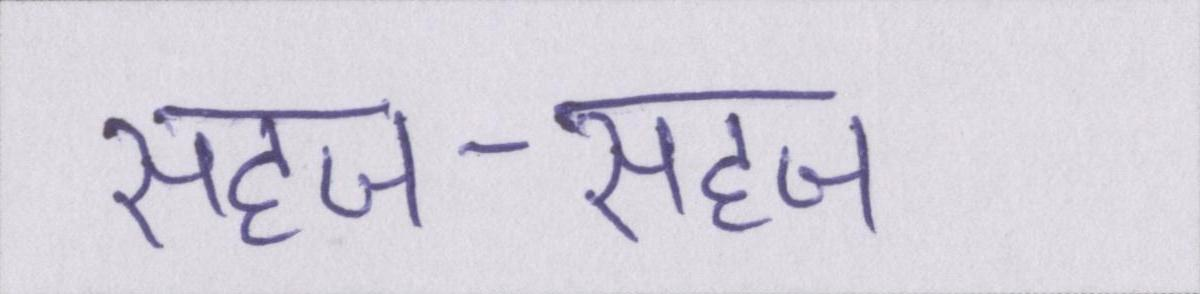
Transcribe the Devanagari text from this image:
सहज-सहज